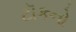
ટૉકનો